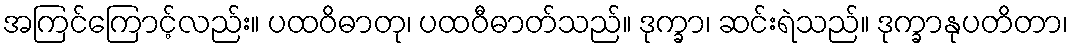
အကြင်ကြောင့်လည်း။ ပထဝိဓာတု၊ ပထဝီဓာတ်သည်။ ဒုက္ခာ၊ ဆင်းရဲသည်။ ဒုက္ခာနုပတိတာ၊